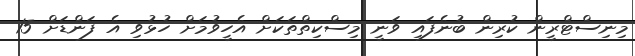
މިނިސްޓްރީން ކުރިން ބުނެފައި ވަނީ މިސްކިތްތަކަށް އެހީވުމަށް ހުޅުވި އެ ފަންޑަށް 15